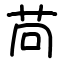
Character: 苘